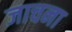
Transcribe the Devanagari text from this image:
जाचना